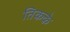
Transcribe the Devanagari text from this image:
तिकके